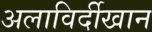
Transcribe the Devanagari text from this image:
अलाविर्दीखान